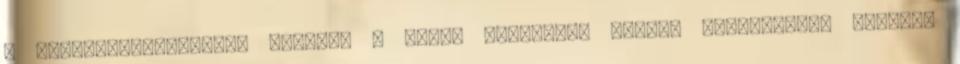
a szigetszentmiklósi szülők. A Blikk birtokába jutott információk szerint